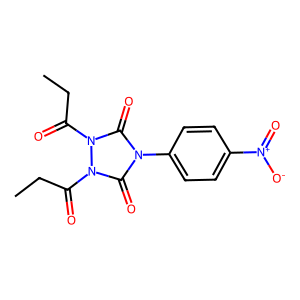
SMILES: CCC(=O)n1c(=O)n(-c2ccc([N+](=O)[O-])cc2)c(=O)n1C(=O)CC
Inhibits HIV replication: No